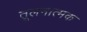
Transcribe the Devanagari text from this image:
तूलनात्मक